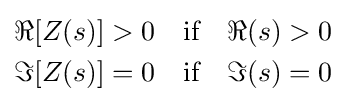
{\begin{aligned}&\Re [Z(s)]>0\quad {\text{if}}\quad \Re (s)>0\\&\Im [Z(s)]=0\quad {\text{if}}\quad \Im (s)=0\end{aligned}}